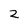
Character: 2